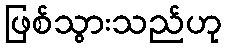
ဖြစ်သွားသည်ဟု